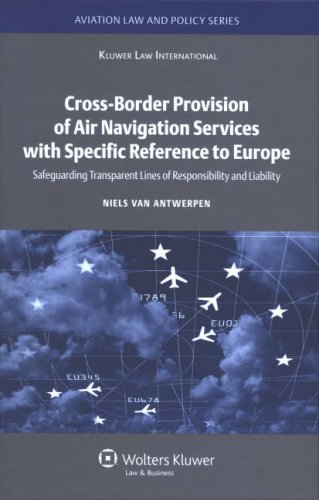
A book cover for Cross-Border Provision of Air Navigation Services with Specific Reference to Europe (Aviation Law and Policy Series); Niels Van Antwerpen; Law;